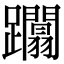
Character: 躢